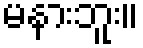
မနားဘူး။